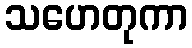
သဟေတုကာ